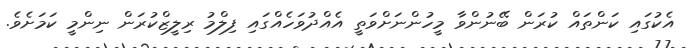
އެކުގައި ކަންތައް ކުރަން ބޭނުންވާ މީހުންނަށްވަތީ އެއްދުވަހެއްގައި ފިލްމު ރިލީޒްކުރަން ނިންމީ ކަމަށެވެ.